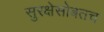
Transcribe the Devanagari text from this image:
सुरक्षेसोबतच